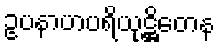
ဥပနာဟပရိယုဋ္ဌိတေန